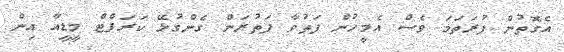
އެގޮތުން ފުރަތަމަ ވެސް އެމީހުން ފަތުވާ ފަތުރަން ގެންގުޅޭ ކަރަޕްޓް މީޑީއާ އިން